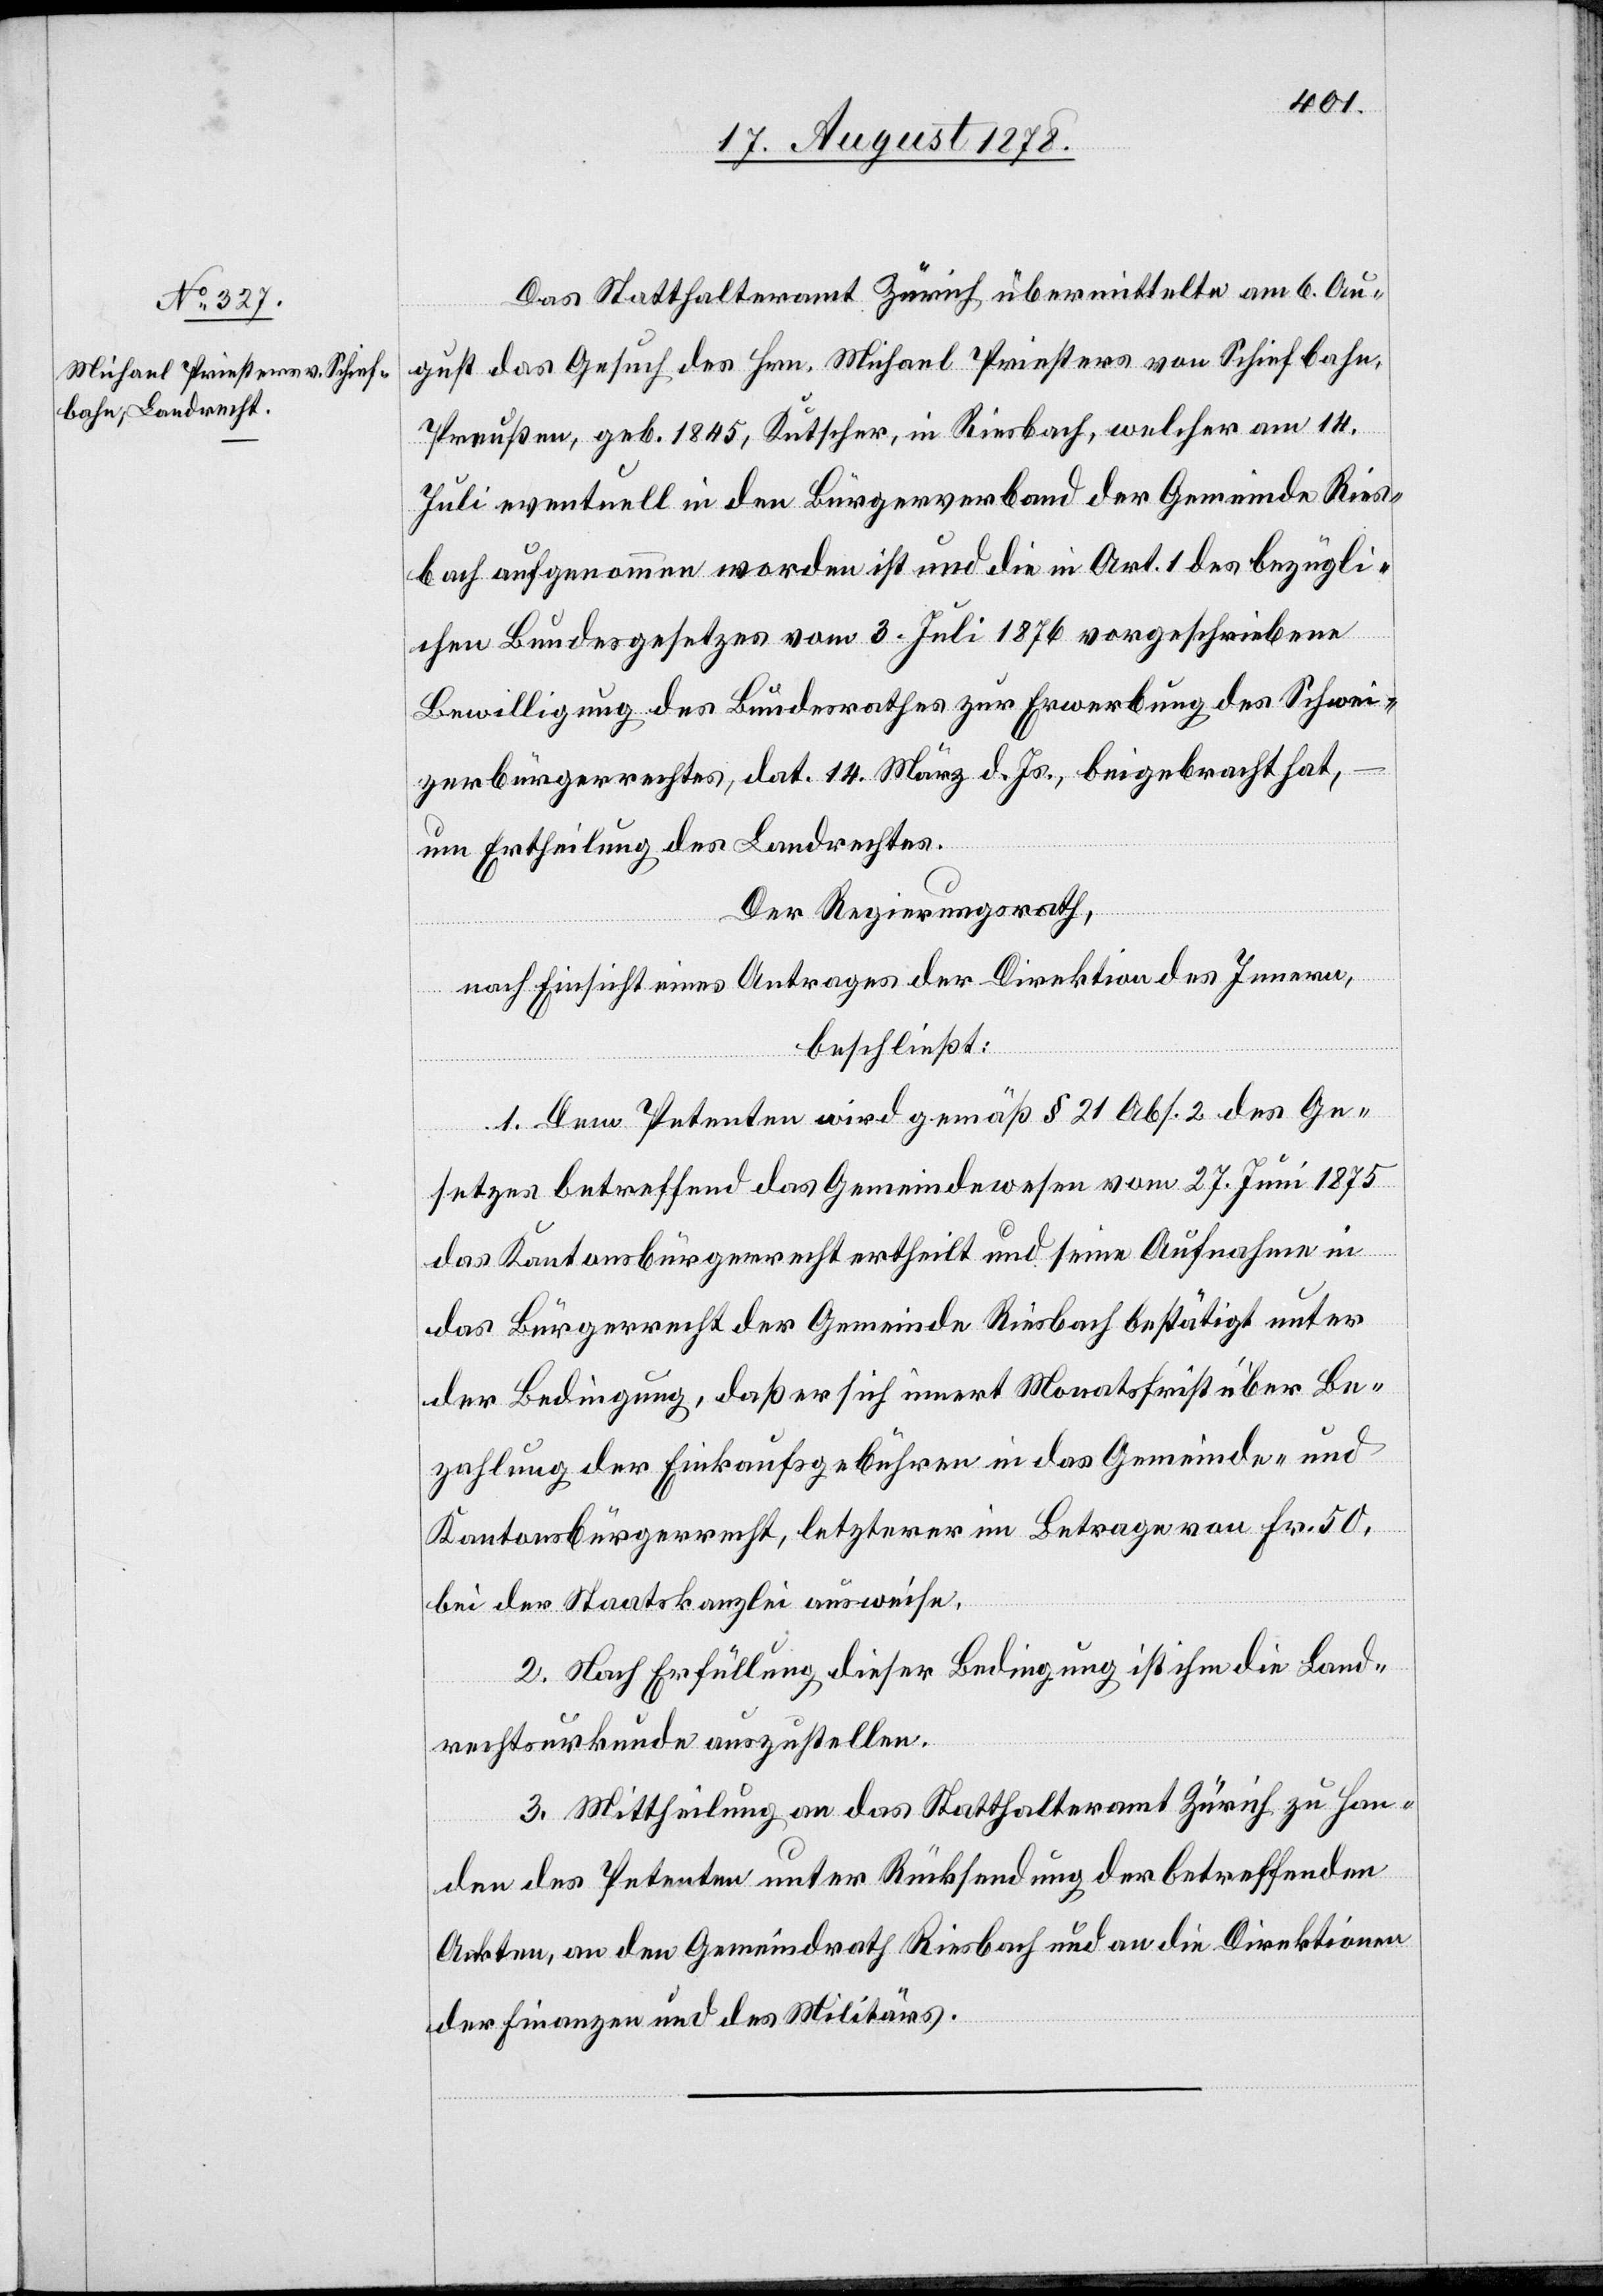
Das Statthalteramt Zürich übermittelte am 6. Au¬
gust das Gesuch des Hrn. Michael Priesters von Schiefbahn,
Preußen, geb. 1845, Kutscher, in Riesbach, welcher am 14.
Juli eventuell in den Bürgerverband der Gemeinde Ries¬
bach aufgenommen worden ist und die in Art. 1 des bezügli¬
chen Bundesgesetzes vom 3. Juli 1876 vorgeschriebene
Bewilligung des Bundesrathes zur Erwerbung des Schwei¬
zerbürgerrechts, dat. 14. März d. Js. beigebracht hat,
um Ertheilung des Landrechtes.
Der Regierungsrath,
nach Einsicht eines Antrages der Direktion des Innern,
beschließt:
1. Dem Petenten wird gemäß § 21 Abs. 2 des Ge¬
27.
das Kantonsbürgerrecht ertheilt und seine Aufnahme in
das Bürgerrecht der Gemeinde Riesbach bestätigt unter
der Bedingung, daß er sich innert Monatsfrist über Be¬
zahlung der Einkaufsgebühren in das Gemeinde- &
Kantonsbürgerrecht, letzterer im Betrage von Fr. 50,
bei der Staatskanzlei ausweise.
2. Nach Erfüllung dieser Bedingung ist ihm die Land¬
rechtsurkunde auszustellen.
3. Mittheilung an das Statthalteramt Zürich zu Han¬
den des Petenten unter Rücksendung der betreffenden
Akten, an den Gemeindrath Riesbach und an die Direktionen
der Finanzen und des Militärs.